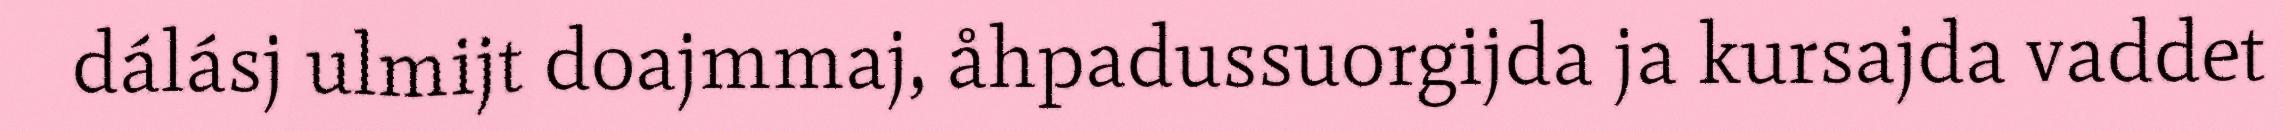
dálásj ulmijt doajmmaj, åhpadussuorgijda ja kursajda vaddet